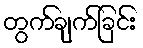
တွက်ချက်ခြင်း